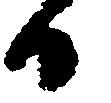
日